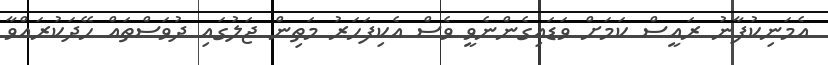
އެމަނިކުފާނު ރައީސް ކަމަށް ވަޑައިގެންނެވީ ވެސް އެކިފަހަރު މަތިން ޖަލުގައި ދުވަސްތައް ހޭދަކުރައްވާ